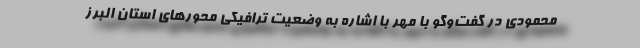
محمودی در گفت‌وگو با مهر با اشاره به وضعیت ترافیکی محورهای استان البرز